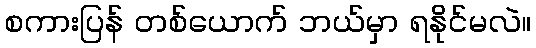
စကားပြန် တစ်ယောက် ဘယ်မှာ ရနိုင်မလဲ။